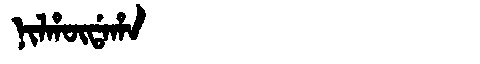
Manchu: ᠨᡳᠯᡥᡡᡩᠠᡥᠠ
Romanization: NILHŪDAHA